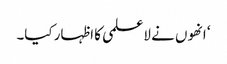
‘ انھوں نے لاعلمی کا اظہار کیا۔